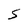
Character: S